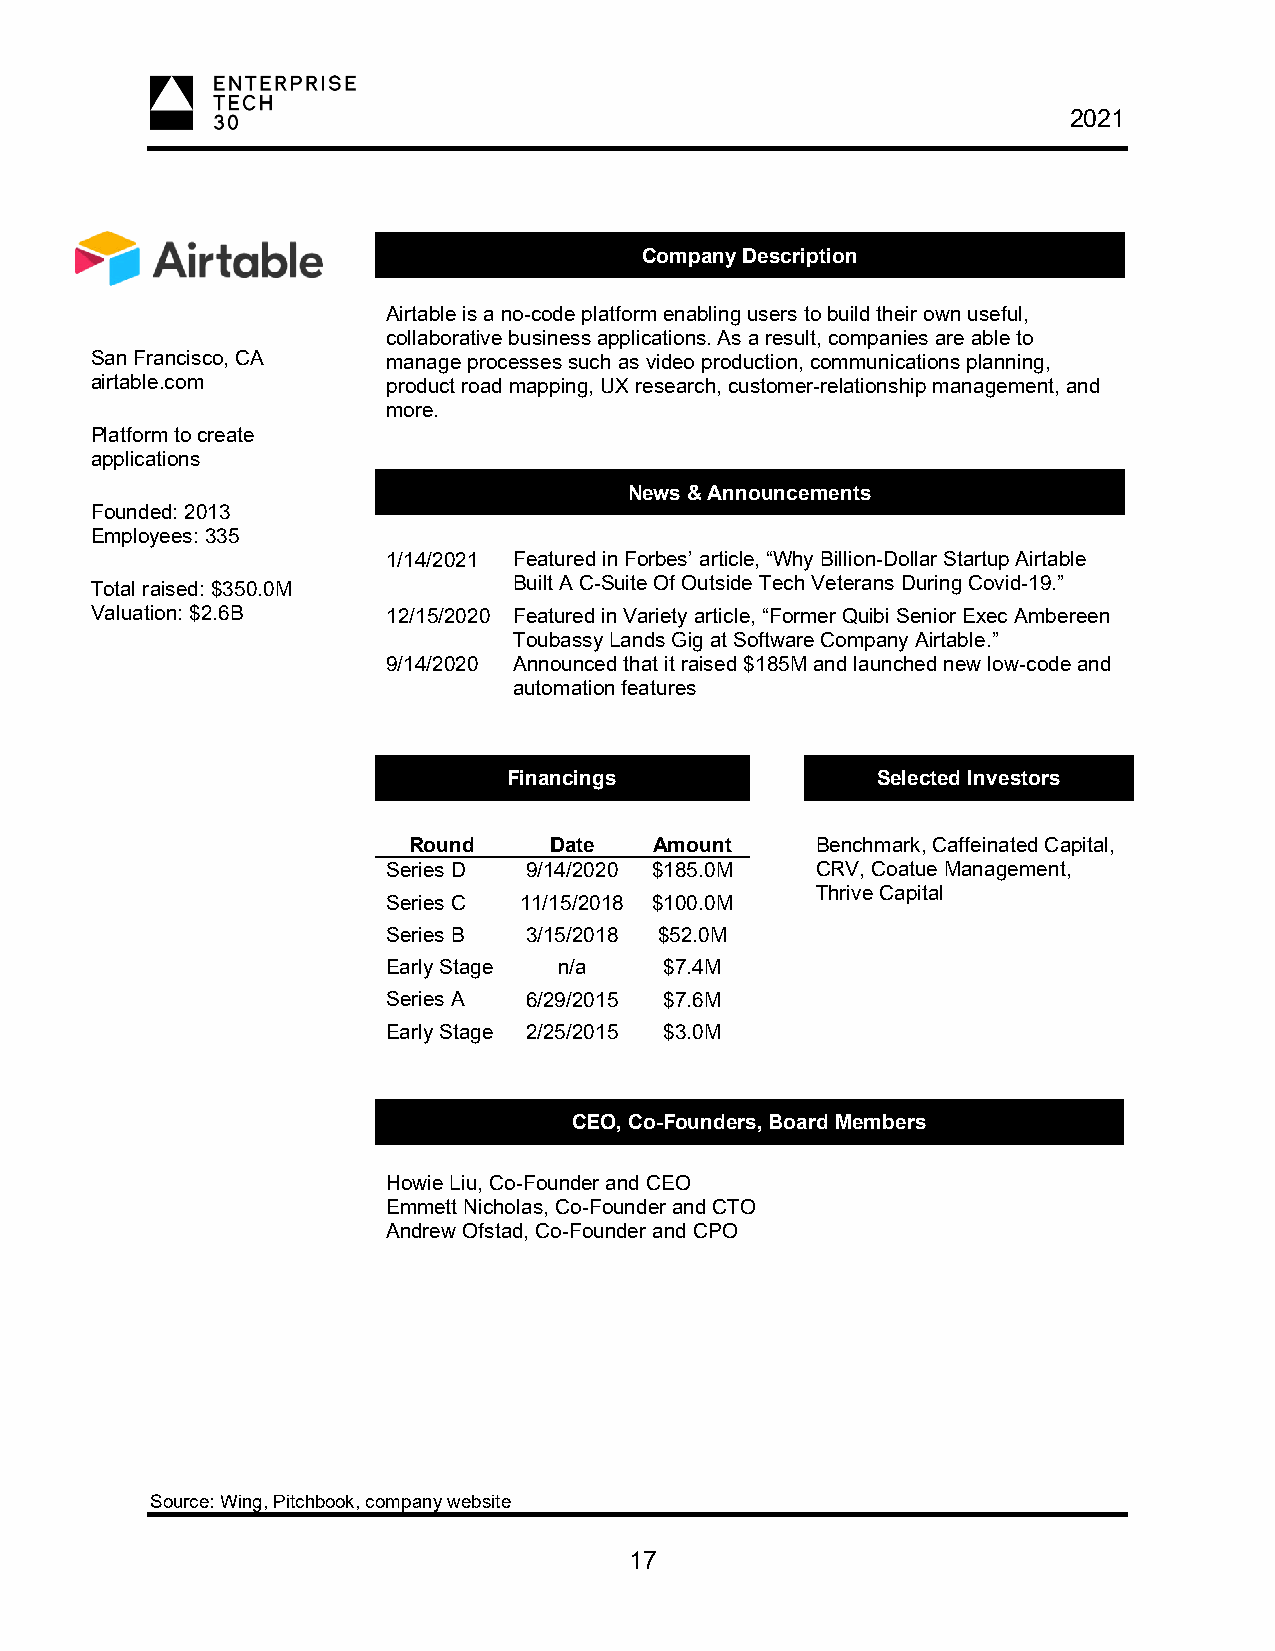
2021
 Company Description
 Airtable is a no-code platform enabling users to build their own useful,
 collaborative business applications. As a result, companies are able to
 San Francisco, CA   manage processes such as video production, communications planning,
 airtable.com        product road mapping, UX research, customer-relationship management, and
 more.
 Platform to create
 applications
 News & Announcements
 Founded: 2013
 Employees: 335
 1/14/2021 Featured in Forbes’ article, “Why Billion-Dollar Startup Airtable
 Total raised: $350.0M       Built A C-Suite Of Outside Tech Veterans During Covid-19.”
 Valuation: $2.6B    12/15/2020 Featured in Variety article, “Former Quibi Senior Exec Ambereen
 Toubassy Lands Gig at Software Company Airtable.”
 9/14/2020 Announced that it raised $185M and launched new low-code and
 automation features
 Financings              Selected Investors
 Round    Date   Amount     Benchmark, Caffeinated Capital,
 Series D 9/14/2020 $185.0M  CRV, Coatue Management,
 Thrive Capital
 Series C 11/15/2018 $100.0M
 Series B 3/15/2018 $52.0M
 Early Stage n/a   $7.4M
 Series A 6/29/2015 $7.6M
 Early Stage 2/25/2015 $3.0M
 CEO, Co-Founders, Board Members
 Howie Liu, Co-Founder and CEO
 Emmett Nicholas, Co-Founder and CTO
 Andrew Ofstad, Co-Founder and CPO
 Source: Wing, Pitchbook, company website
 17